Civil Veterinary Department ledger series I-VI
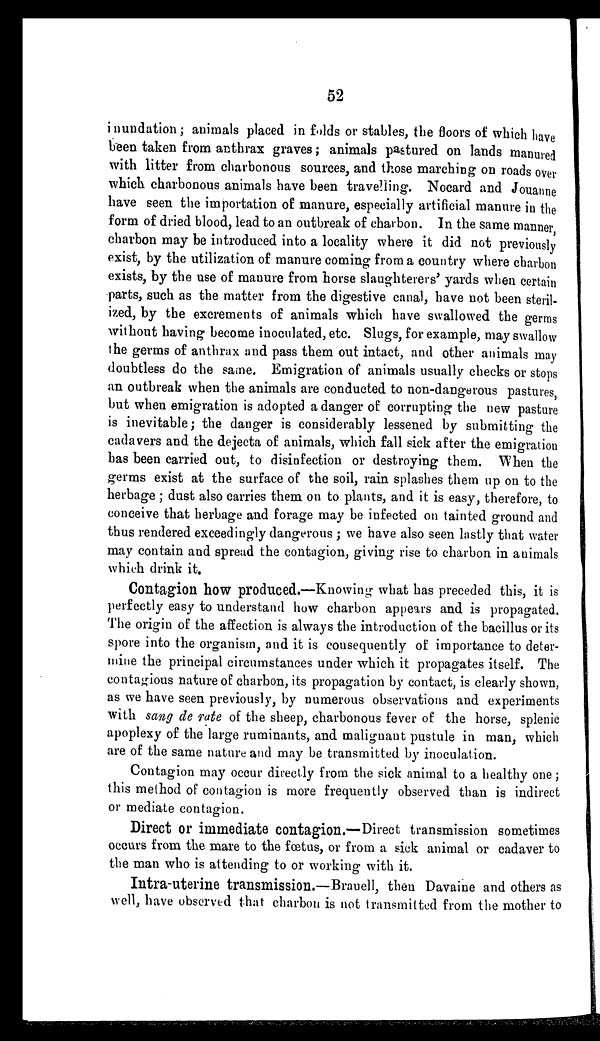
52
inundation; animals placed in folds or stables, the floors of which have
been taken from anthrax graves; animals pastured on lands manured
with litter from charbonous sources, and those marching on roads over
which charbonous animals have been travelling. Nocard and Jouanne
have seen the importation of manure, especially artificial manure in the
form of dried blood, lead to an outbreak of charbon. In the same manner
charbon may be introduced into a locality where it did not previously
exist, by the utilization of manure coming from a country where charbon
exists, by the use of manure from horse slaughterers' yards when certain
parts, such as the matter from the digestive canal, have not been steril-
ized, by the excrements of animals which have swallowed the germs
without having become inoculated, etc. Slugs, for example, may swallow
the germs of anthrax and pass them out intact, and other animals may
doubtless do the same. Emigration of animals usually checks or stops
an outbreak when the animals are conducted to non-dangerous pastures,
but when emigration is adopted a danger of corrupting the new pasture
is inevitable; the danger is considerably lessened by submitting the
cadavers and the dejecta of animals, which fall sick after the emigration
has been carried out, to disinfection or destroying them. When the
germs exist at the surface of the soil, rain splashes them up on to the
herbage; dust also carries them on to plants, and it is easy, therefore, to
conceive that herbage and forage may be infected on tainted ground and
thus rendered exceedingly dangerous; we have also seen lastly that water
may contain and spread the contagion, giving rise to charbon in animals
which drink it.
Contagion how produced.—Knowing what has preceded this, it is
perfectly easy to understand how charbon appears and is propagated.
The origin of the affection is always the introduction of the bacillus or its
spore into the organism, and it is consequently of importance to deter-
mine the principal circumstances under which it propagates itself. The
contagious nature of charbon, its propagation by contact, is clearly shown,
as we have seen previously, by numerous observations and experiments
with sang de rate of the sheep, charbonous fever of the horse, splenic
apoplexy of the large ruminants, and malignant pustule in man, which
are of the same nature and may be transmitted by inoculation.
Contagion may occur directly from the sick animal to a healthy one;
this method of contagion is more frequently observed than is indirect
or mediate contagion.
Direct or immediate contagion.—Direct transmission sometimes
occurs from the mare to the fœtus, or from a sick animal or cadaver to
the man who is attending to or working with it.
Intra-uterine transmission.—Brauell, then Davaine and others as
well, have observed that charbon is not transmitted from the mother to